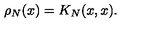
\rho _ { N } ( x ) = K _ { N } ( x , x ) .